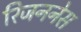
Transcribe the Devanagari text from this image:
रिजननेस